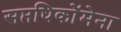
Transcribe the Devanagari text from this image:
सप्तधिकाॅेमेना